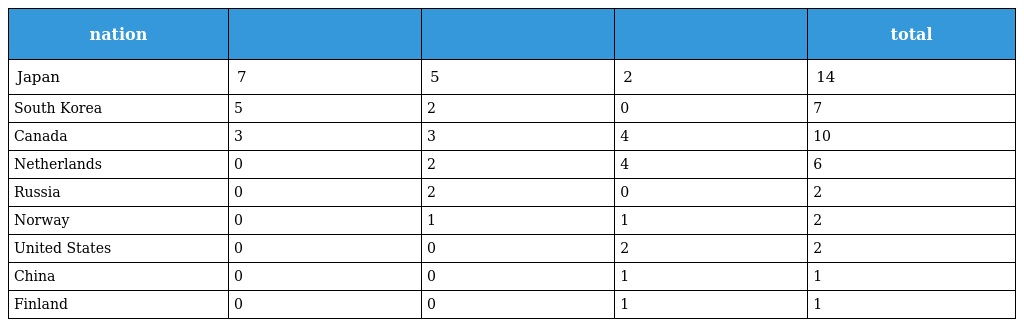
| nation |  |  |  | total |
 | --- | --- | --- | --- | --- |
 | Japan | 7 | 5 | 2 | 14 |
 | South Korea | 5 | 2 | 0 | 7 |
 | Canada | 3 | 3 | 4 | 10 |
 | Netherlands | 0 | 2 | 4 | 6 |
 | Russia | 0 | 2 | 0 | 2 |
 | Norway | 0 | 1 | 1 | 2 |
 | United States | 0 | 0 | 2 | 2 |
 | China | 0 | 0 | 1 | 1 |
 | Finland | 0 | 0 | 1 | 1 |